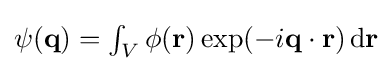
\textstyle \psi (\mathbf {q} )=\int _{V}\phi (\mathbf {r} )\exp(-i\mathbf {q} \cdot \mathbf {r} )\,\mathrm {d} \mathbf {r}